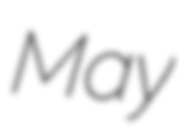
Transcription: May